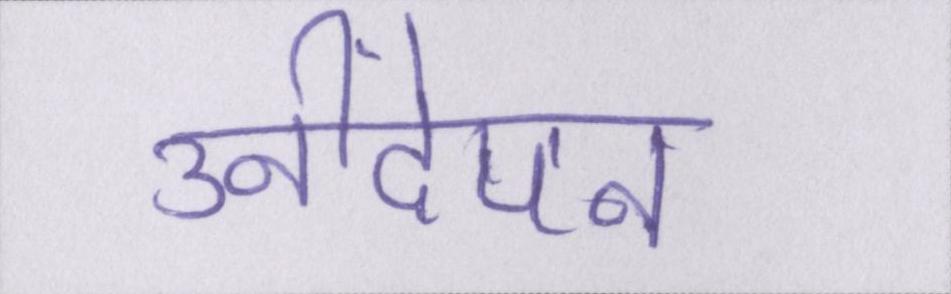
उनींदेपन